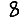
Digit: 8